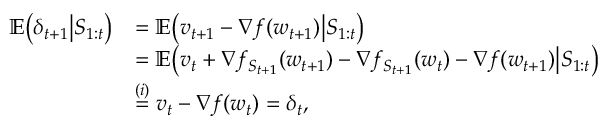
\begin{array} { r l } { \mathbb { E } \big ( \delta _ { t + 1 } \big | S _ { 1 : t } \big ) } & { = \mathbb { E } \big ( v _ { t + 1 } - \nabla f ( w _ { t + 1 } ) \big | S _ { 1 : t } \big ) } \\ & { = \mathbb { E } \big ( v _ { t } + \nabla f _ { S _ { t + 1 } } ( { w _ { t + 1 } } ) - \nabla { f _ { { S _ { t + 1 } } } } ( w _ { t } ) - \nabla f ( w _ { t + 1 } ) \big | S _ { 1 : t } \big ) } \\ & { \overset { ( i ) } { = } v _ { t } - \nabla f ( w _ { t } ) = \delta _ { t } , } \end{array}